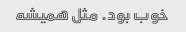
خوب بود. مثل همیشه